Civil Veterinary Department. United Provinces 1932-42 - 1932-1942
Year: 1932
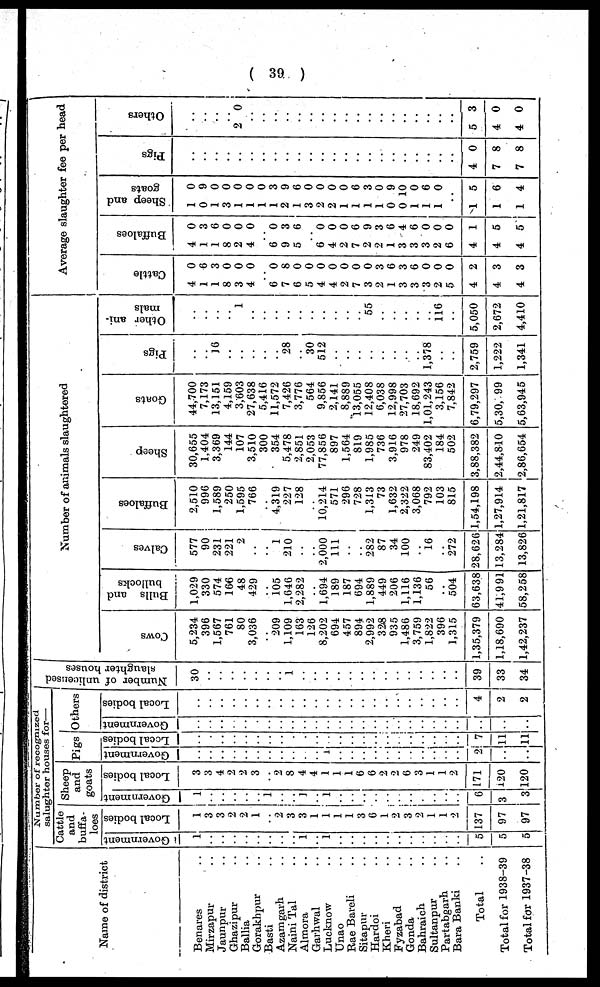
( 39 )
Name of district
Benares ..
Mirzapur ..
Jaunpur ..
Ghazipur ..
Ballia ..
Gorakhpur ..
Basti ..
Azamgarh ..
Naini Tal ..
Almora ..
Garhwal ..
Lucknow ..
Unao ..
Rae Bareli ..
Sitapur ..
Hardoi ..
Kheri ..
Fyzabad ..
Gonda ..
Bahraich ..
Sultanpur ..
Partabgarh ..
Bara Banki ..
Total ..
Total for 1938-39
Total for 1937-38
Number of recognized
salughtor houses for—
Cattle
and
buffa-
loes
Government
1
..
..
..
..
..
..
..
..
1
..
1
..
..
..
..
..
..
..
..
..
..
..
5
5
5
Local bodies
1
3
3
2
2
1
..
2
3
3
1
1
1
1
3
6
1
2
3
2
1
1
2
137
97
97
Sheep
and
goats
Government
1
..
..
..
..
..
..
..
..
..
..
1
..
..
..
..
..
..
..
..
..
..
..
6
3
3
Local bodies
3
3
4
2
2
3
..
2
8
4
4
1
1
1
6
6
2
2
6
3
1
1
2
171
120
120
Pigs
Government
..
..
..
..
..
..
..
..
..
..
..
1
..
..
..
..
..
..
..
..
..
..
..
2
..
..
Local bodies
..
..
..
..
..
..
..
..
..
..
..
..
..
..
..
..
..
..
..
..
..
..
..
7
11
11
Others
Government
..
..
..
..
..
..
..
..
..
..
..
..
..
..
..
..
..
..
..
..
..
..
..
..
..
..
Local bodies
..
..
..
..
..
..
..
..
..
..
..
..
..
..
..
..
..
..
..
..
..
..
..
4
2
2
Nu mb e r of unlicense
slaughter hous es
30
..
..
..
..
..
..
..
..
..
..
..
..
..
..
..
..
..
..
..
..
..
..
39
33
34
Number of animals slaughtered
Cows
5,234
396
1,567
761
80
3,036
..
209
1,109
163
126
8,202
694
457
894
2,992
328
935
1,486
3,759
1,822
396
1,315
1,35,379
1,18,690
1,42,237
Bulls and
bullocks
1,029
330
574
166
48
429
..
105
1,646
2,282
..
1,694
189
187
694
1,889
449
206
1,116
1,136
56
..
504
63,638
41,991
58,258
Calves
577
90
231
221
2
..
..
1
210
..
..
2,000
111
..
..
282
87
34
100
..
16
..
272
28,626
13,284
13,826
Buffaloes
2,510
996
1,589
250
1,595
766
..
4,319
227
128
.. 10,214
571
296
728
1,313
73
1,632
2,322
3,068
792
103
815
1,54,198
1,27,914
1,21,817
Sheep
30,655
1,404
3,369
144
107
3,510
300
354
5,478
2,851
2,053
77,856
897
1,564
819
1,985
736
3,916
978
249
83,402
184
502
3,88,382
2,44,810
2,86,654
Goats
44,700
7,173
13,151
4,159
3,603
27,638
5,416
11,572
7,426
3,776
564
9,856
2,141
8,889
13,055
12,408
6,038
12,998
27,703
18,692
1,01,243
3,156
7,842
6,79,297
5,30, 99
5,63,945
Pigs
..
..
16
..
..
..
..
..
28
..
30
512
..
..
..
..
..
..
..
..
1,378
..
2,759
1 222
1,341
Other ani-
mals
..
..
..
..
1
..
..
..
..
..
..
..
..
..
..
55
..
..
..
..
..
116
..
5,050
2,672
4,410
Average slaughter fee per head
Cattle
4
1
1
8
3
4
..
6
7
6
5
4
4
2
7
3
2
1
3
3
3
2
5
4
4
4
0
6
3
0
0
0
..
0
8
0
0
0
0
0
0
0
3
6
3
6
0
0
0
2
3
3
Buf f
a l
oe s
4
1
1
8
2
4
..
6
9
5
6
4
2
7
2
2
1
3
3
3
2
6
4
4
4
0
3
6
0
0
0
0
3
6
0
0
0
6
9
3
6
4
6
0
0
0
1
5
5
Sheep and
goats
1
0
1
3
1
1
1
1
2
1
3
2
2
1
1
1
1
0
0
1
1
1
0
9
0
0
0
0
0
3
9
6
0
0
0
0
6
3
0
9
10
0
6
0
..
1
1
1
5
6
4
Pigs
..
..
..
..
..
..
..
..
..
..
..
..
..
..
..
..
..
..
..
..
..
..
..
4
7
7
0
8
8
Ot her s
..
..
..
..
2 0
..
..
..
..
..
..
..
..
..
..
..
..
..
..
..
..
..
..
5
4
4
3
0
0